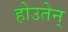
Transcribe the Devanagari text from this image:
होउतेन्